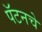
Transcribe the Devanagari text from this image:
पॅटनचे